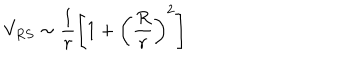
LaTeX: V _ { R S } \sim \frac { 1 } { r } \left[ 1 + \left( \frac { R } { r } \right) ^ { 2 } \right]